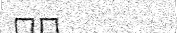
٧٨